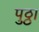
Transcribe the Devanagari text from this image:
पुठ्ठा